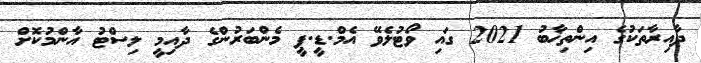
ދާއިރާތަކުގެ އިންތިޚާބު 2021 ގައި ވޯޓުލެވޭ އެމް.ޑީ.ޕީ މެންބަރުންގެ ދާއިމީ ލިސްޓު އާންމުކޮށް